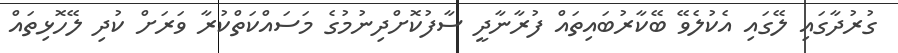
ގުރުދާގައި ލޭގައި އެކުލެވޭ ބޭކާރުބައިތައް ފުރާނާދީ ސާފުކޮށްދިނުމުގެ މަސައްކަތްކުރާ ވަރަށް ކުދި ލޭހޮޅިތައް